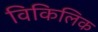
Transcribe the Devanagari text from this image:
विकिलिक